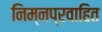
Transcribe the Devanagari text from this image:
निम्नप्रवाहित